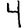
Digit: 4